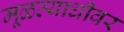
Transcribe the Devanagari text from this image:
मूळव्याधीवर